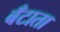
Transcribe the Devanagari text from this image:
बँटाता